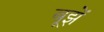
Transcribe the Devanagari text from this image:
बूझें